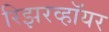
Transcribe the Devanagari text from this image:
रिझरव्हॉयर